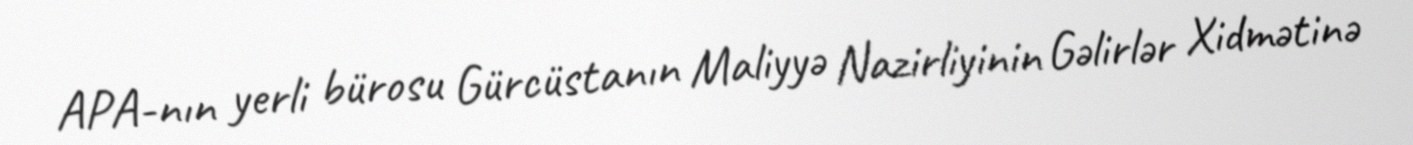
APA-nın yerli bürosu Gürcüstanın Maliyyə Nazirliyinin Gəlirlər Xidmətinə